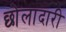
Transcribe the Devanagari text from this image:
छोलादारी